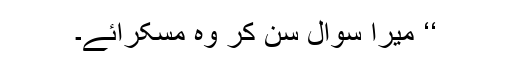
‘‘ میرا سوال سن کر وہ مسکرائے۔